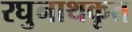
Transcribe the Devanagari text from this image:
रघुनाथकृत